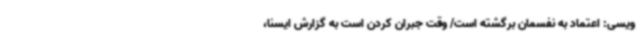
ویسی: اعتماد به نفسمان برگشته است/ وقت جبران کردن است به گزارش ایسنا،